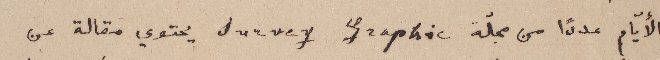
الأيّام عدداً من مجلّة Survey Graphic يحتوي مقالة عن